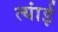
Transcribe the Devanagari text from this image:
त्यांई